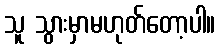
သူ သွားမှာမဟုတ်တော့ပါ။